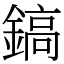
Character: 鎬